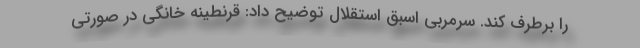
را برطرف کند. سرمربی اسبق استقلال توضیح داد: قرنطینه خانگی در صورتی